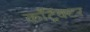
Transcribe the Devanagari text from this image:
कॉँट्रॅक्टर